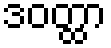
ဒဝတ္ထာ